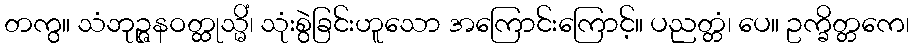
တကွ။ သံဘုဉ္ဇနဝတ္ထုသ္မိံ၊ သုံးစွဲခြင်းဟူသော အကြောင်းကြောင့်။ ပညတ္တံ၊ ပေ။ ဥက္ခိတ္တကေ၊